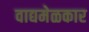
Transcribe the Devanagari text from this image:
वाद्यमेळकार